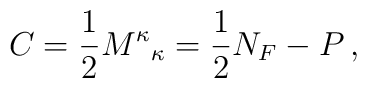
C = \frac{1}{2} {M^{\kappa}}_{\kappa} = \frac{1}{2} N_F - P \,,